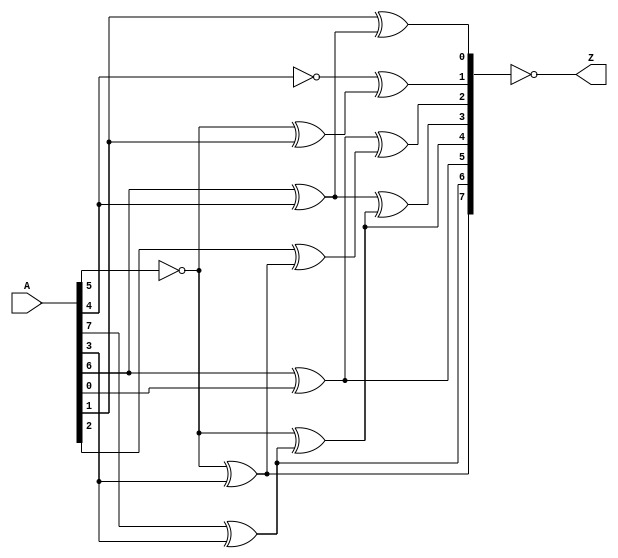
`timescale 1ns / 1ps
//////////////////////////////////////////////////////////////////////////////////
// Company: 
// Engineer: 
// 
// Design Name: 
// Module Name:    AffineOutputC_Unit 
// Project Name: 
// Target Devices: 
// Tool versions: 
// Description: 
//
// Dependencies: 
//
// Revision: 
// Revision 0.01 - File Created
// Additional Comments: 
//
//////////////////////////////////////////////////////////////////////////////////
module AffineOutputC_Unit(
	input	[07:00]		A,
	output	[07:00]		Z
    );
	
	// intermediate;
	wire				T1;
	wire				T2;
	wire				T3;
	wire				T4;
	wire				T5;
	wire				T6;
	wire				T7;
	wire				T8;
	wire				T9;
	
	wire	[07:00]		D;
	
	assign T1 =  A[7] ^ A[3];
	assign T2 =  A[6] ^ A[4];
	assign T3 =  A[6] ^ A[0];
	assign T4 = ~A[5] ^ A[3];
	assign T5 = ~A[5] ^ T1;
	assign T6 = ~A[5] ^ A[1];
	assign T7 = ~A[4] ^ T6;
	assign T8 =  A[2] ^ T4;
	assign T9 =  A[1] ^ T2;
	
	assign D[7] = T4;
	assign D[6] = T1;
	assign D[5] = T3;
	assign D[4] = T5;
	assign D[3] = T2 ^ T5;
	assign D[2] = T3 ^ T8;
	assign D[1] = T7;
	assign D[0] = T9;
	
	assign Z = ~D;
	
endmodule